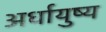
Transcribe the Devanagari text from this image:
अर्धायुष्य